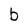
Character: b